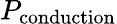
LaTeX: P_{\mathrm{conduction}}